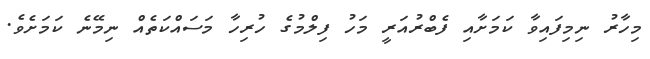
މިހާރު ނިމިފައިވާ ކަމަށާއި ފެބްރުއަރީ މަހު ފިލްމުގެ ހުރިހާ މަސައްކަތެއް ނިމޭނެ ކަމަށެވެ.